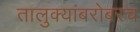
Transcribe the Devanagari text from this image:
तालुक्यांबरोबरच